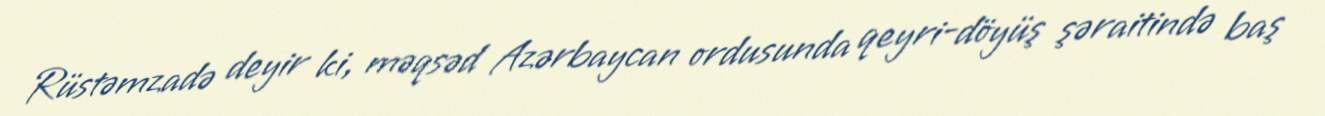
Rüstəmzadə deyir ki, məqsəd Azərbaycan ordusunda qeyri-döyüş şəraitində baş